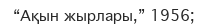
“Ақын жырлары,” 1956;